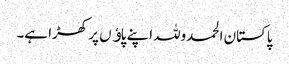
پاکستان الحمدوللہ اپنے پاﺅں پر کھڑا ہے۔